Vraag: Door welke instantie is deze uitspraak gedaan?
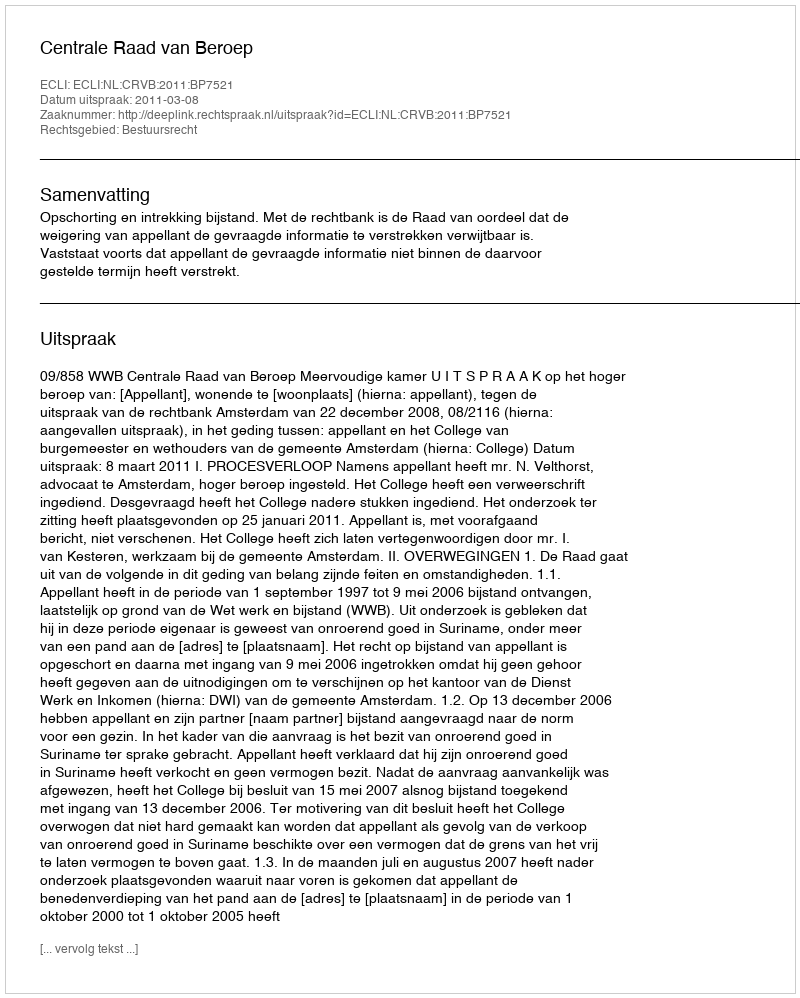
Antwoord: Centrale Raad van Beroep